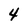
Character: 4